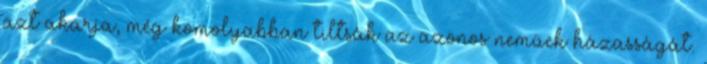
azt akarja, még komolyabban tiltsák az azonos neműek házasságát.